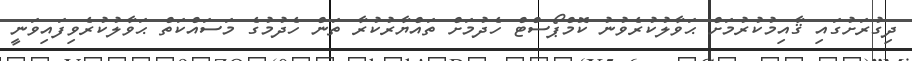
ދިގުރަށުގައި ޤާއިމުކުރުމަށް ޙަވާލުކުރެވުނު ކޮމްޕޯސްޓް ހެދުމަށް ތައްޔާރުކުރާ ތަން ހެދުމުގެ މަސައްކަތް ޙަވާލުކުރެވިފައިވަނީ